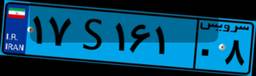
۱۷S۱۶۱۰۸